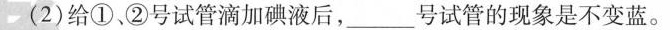
(2)给①、②号试管滴加碘液后，___号试管的现象是不变蓝。